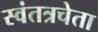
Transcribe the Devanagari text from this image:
स्वंतत्रचेता